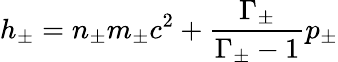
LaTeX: h_{\pm}=n_{\pm}m_{\pm}c^{2}+\frac{\Gamma_{\pm}}{\Gamma_{\pm}-1}p_{\pm}